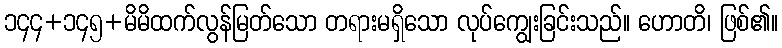
၁၄၄+၁၄၅+မိမိထက်လွန်မြတ်သော တရားမရှိသော လုပ်ကျွေးခြင်းသည်။ ဟောတိ၊ ဖြစ်၏။